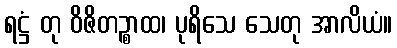
ရဋ္ဌံ တု ဝိဇိတဉ္စာထ၊ ပုရိသေ သေတု အာလိယံ။